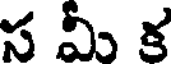
స మీ క